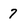
Character: 7